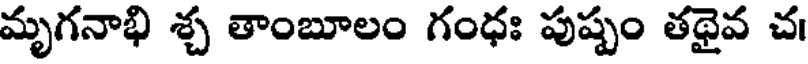
మృగనాభి శ్చ తాంబూలం గంధః పుష్పం తథైవ చ।